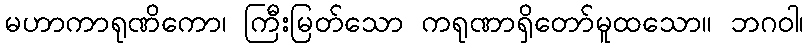
မဟာကာရုဏိကော၊ ကြီးမြတ်သော ကရုဏာရှိတော်မူထသော။ ဘဂဝါ၊